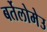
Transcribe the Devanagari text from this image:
बर्तेलोमेउ